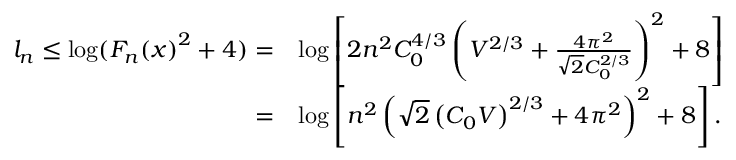
\begin{array} { r l } { l _ { n } \leq \log ( { F _ { n } ( x ) } ^ { 2 } + 4 ) = } & { \log \left[ 2 n ^ { 2 } C _ { 0 } ^ { 4 / 3 } \left( V ^ { 2 / 3 } + \frac { 4 \pi ^ { 2 } } { \sqrt { 2 } C _ { 0 } ^ { 2 / 3 } } \right) ^ { 2 } + 8 \right] } \\ { = } & { \log \left[ n ^ { 2 } \left( \sqrt { 2 } \left( C _ { 0 } V \right) ^ { 2 / 3 } + 4 \pi ^ { 2 } \right) ^ { 2 } + 8 \right] . } \end{array}